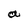
Character: a